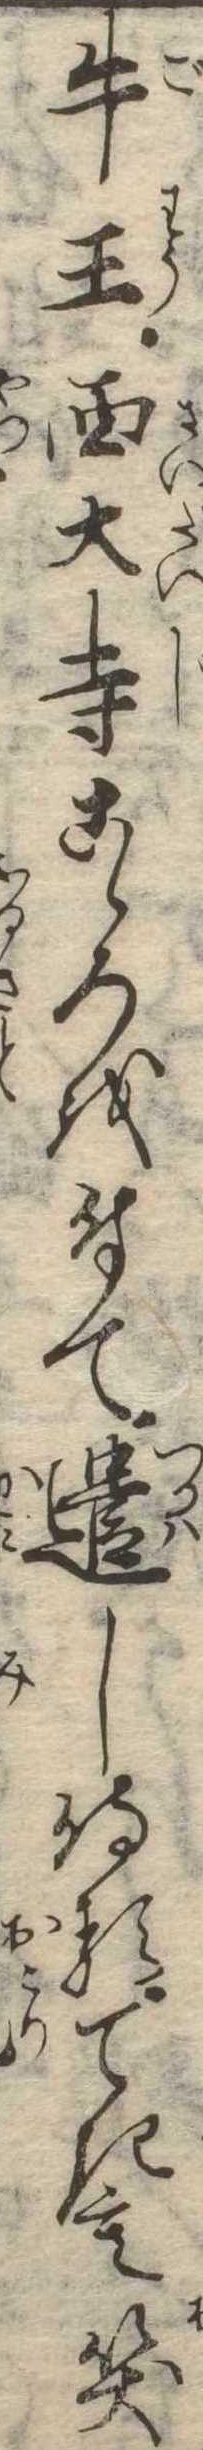
牛王西大寺こゝろを付て遣し侍るてきも笑